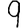
Digit: 9